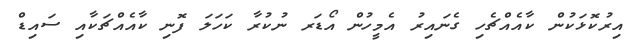
އިރުކޮޅަކުން ކާއެއްޗެހި ގެނައިރު އެމީހުން އޯޑަރ ނުކުރާ ކަހަލަ ފޮނި ކާއެއްޗަކާއި ސައިޑް